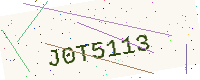
Text: J0T5113